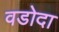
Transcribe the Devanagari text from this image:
वडोदा